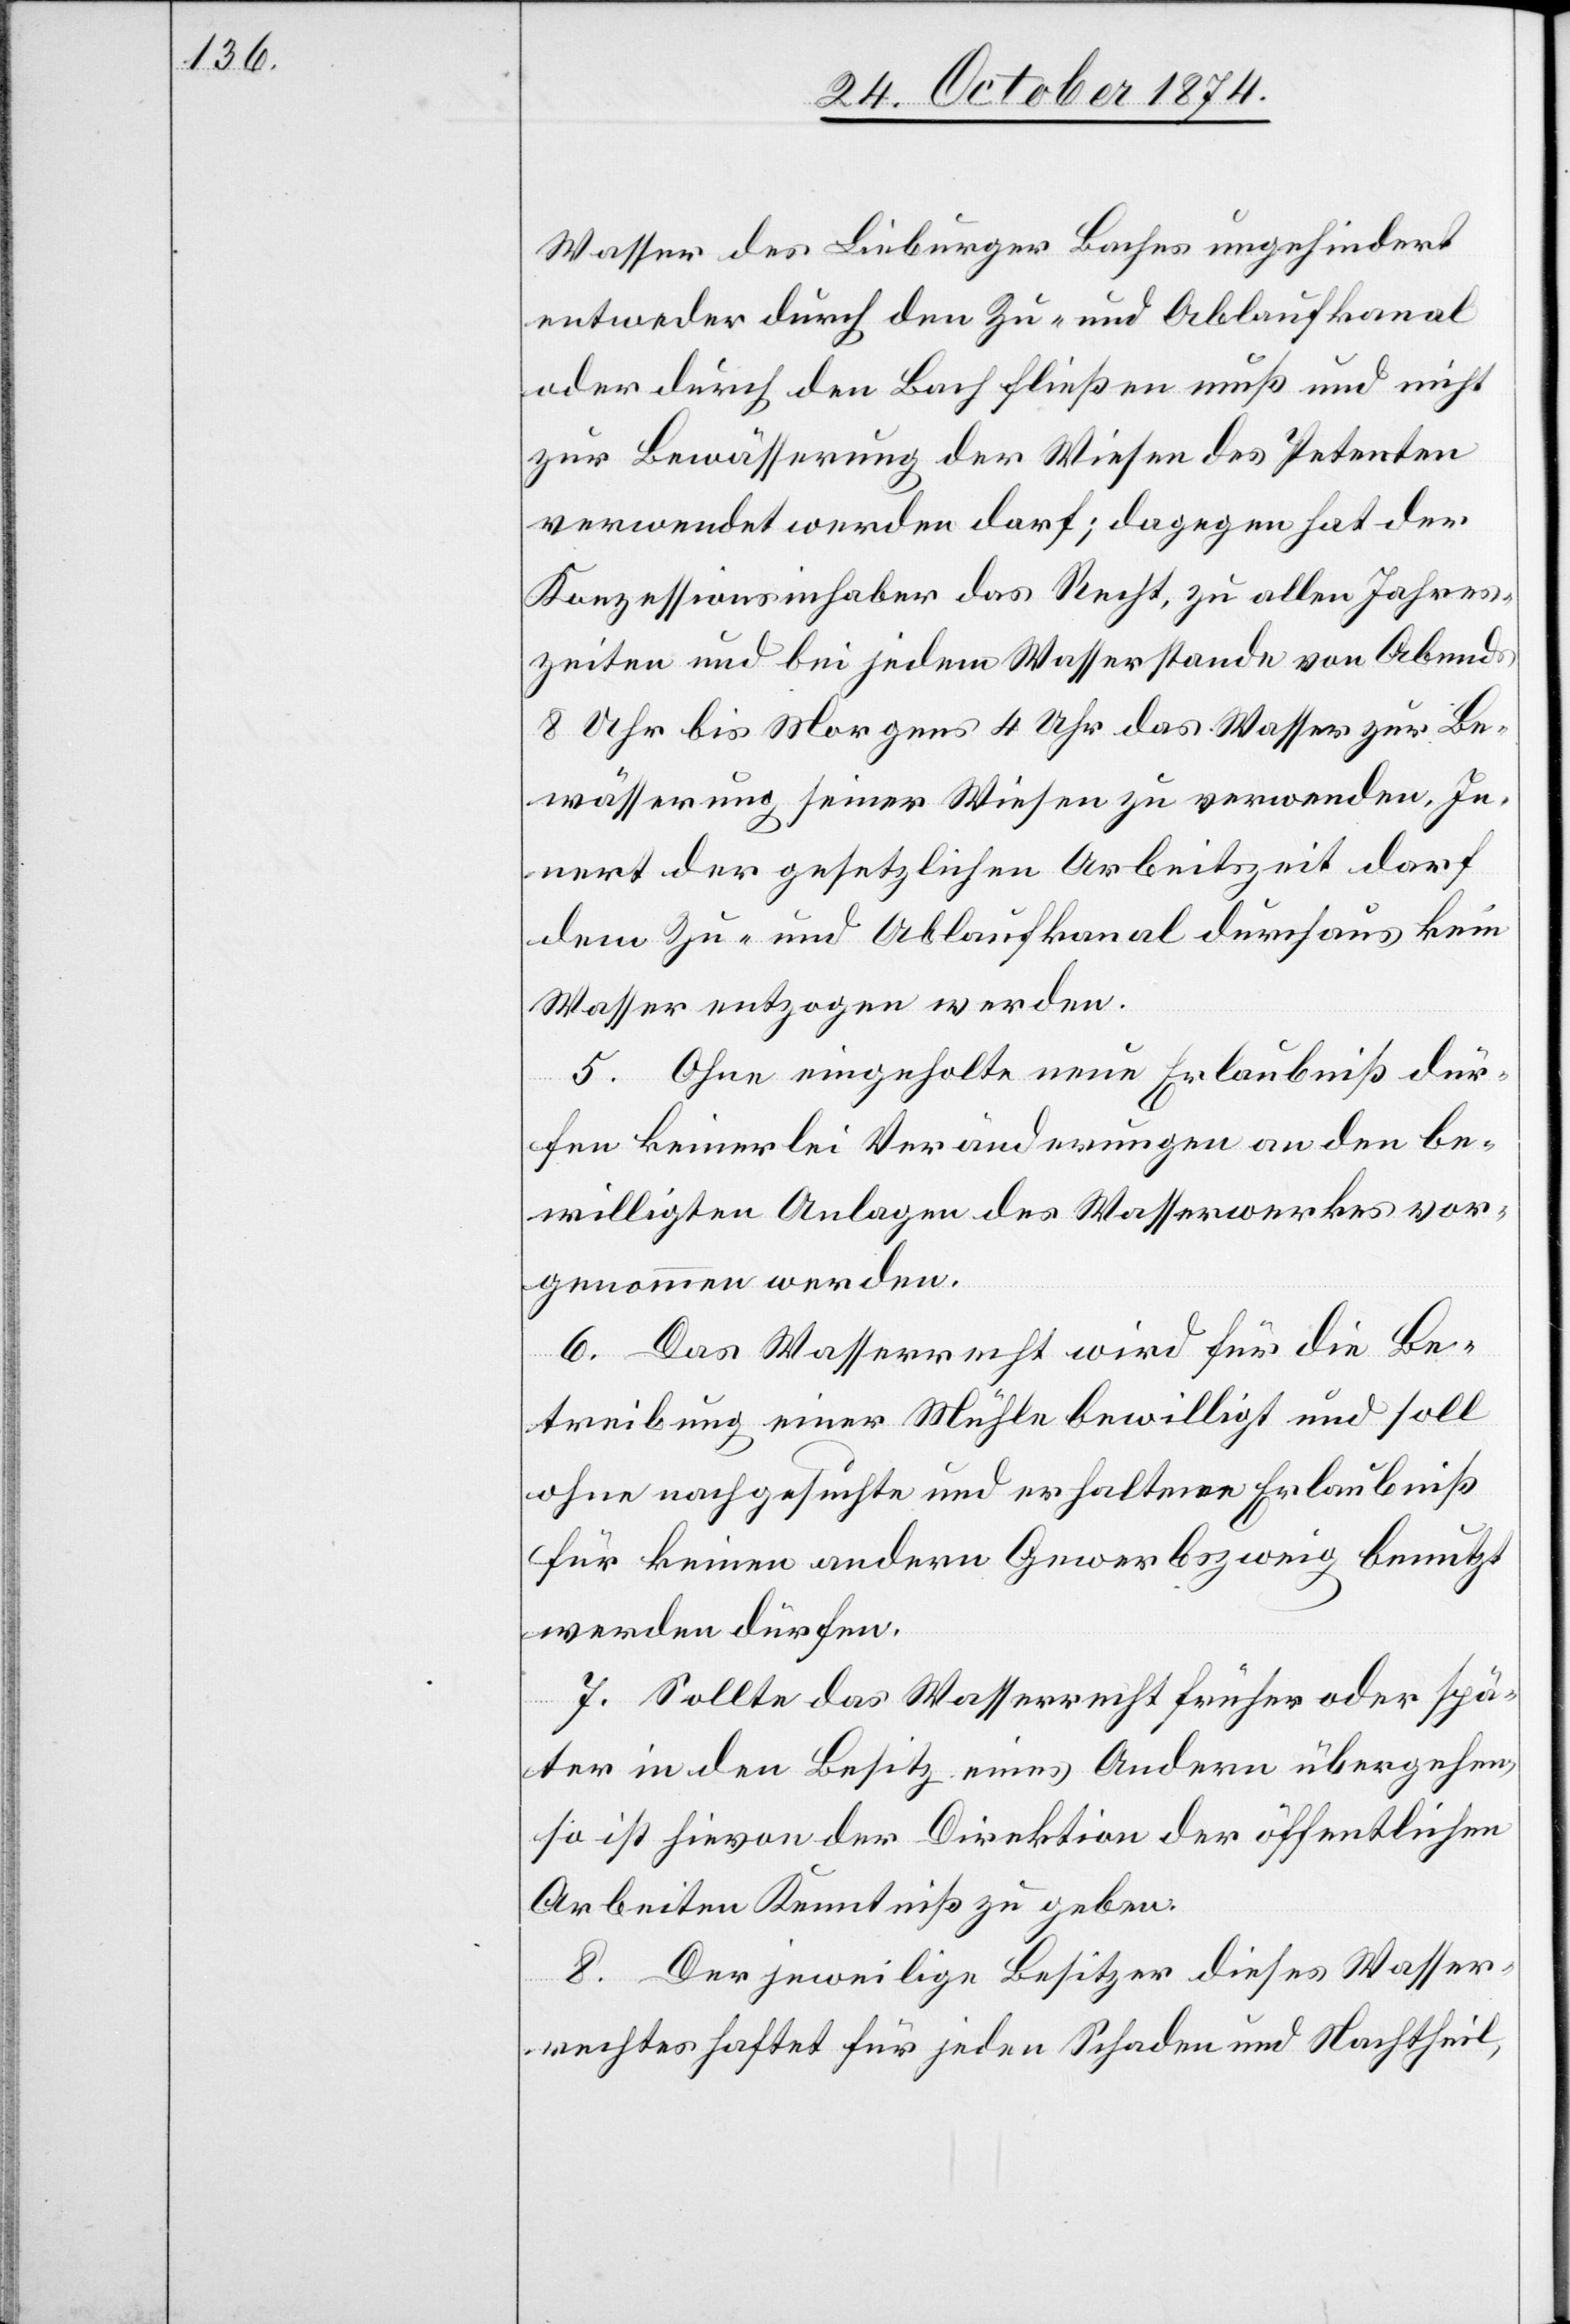
Wasser des Lieburger Baches ungehindert
entweder durch den Zu- und Ablaufkanal
oder durch den Bach fließen muß und nicht
zur Bewässerung der Wiesen des Petenten
verwendet werden darf; dagegen hat der
Konzessionsinhaber das Recht, zu allen Jahres¬
zeiten und bei jedem Wasserstande von Abends
8 Uhr bis Morgens 4 Uhr das Wasser zur Be¬
wässerung seiner Wiesen zu verwenden. In¬
nert der gesetzlichen Arbeitszeit darf
dem Zu- und Ablaufkanal durchaus kein
Wasser entzogen werden.
5. Ohne eingeholte neue Erlaubniß dür¬
fen keinerlei Veränderungen an den be¬
willigten Anlagen des Wasserwerkes vor¬
genommen werden.
6. Das Wasserrecht wird für die Be¬
treibung einer Mühle bewilligt und soll
ohne nachgesuchte und erhaltene Erlaubniß
für keinen andern Gewerbszweig benutzt
werden dürfen.
7. Sollte das Wasserrecht früher oder spä¬
ter in den Besitz eines Andern übergehen,
so ist hievon der Direktion der öffentlichen
Arbeiten Kenntniß zu geben.
8. Der jeweilige Besitzer dieses Wasser¬
rechtes haftet für jeden Schaden und Nachtheil,